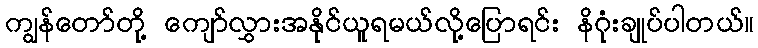
ကျွန်တော်တို့ ကျော်လွှားအနိုင်ယူရမယ်လို့ပြောရင်း နိဂုံးချုပ်ပါတယ်။